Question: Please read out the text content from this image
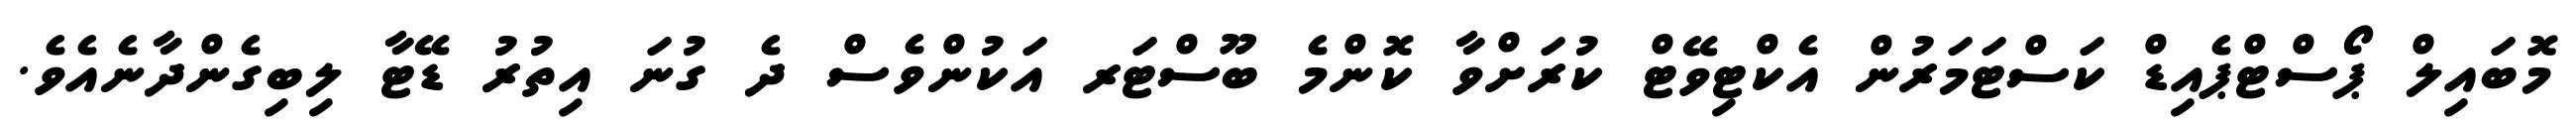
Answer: މޮބައިލް ޕޯސްޓްޕެއިޑް ކަސްޓަމަރުން އެކްޓިވޭޓް ކުރަށްވާ ކޮންމެ ބޫސްޓަރ އަކުންވެސް ދެ ގުނަ އިތުރު ޑޭޓާ ލިބިގެންދާނެއެވެ.